Annual report of the Punjab Veterinary College and of the Civil Veterinary Department, Punjab - 1909-1919
Year: 1909
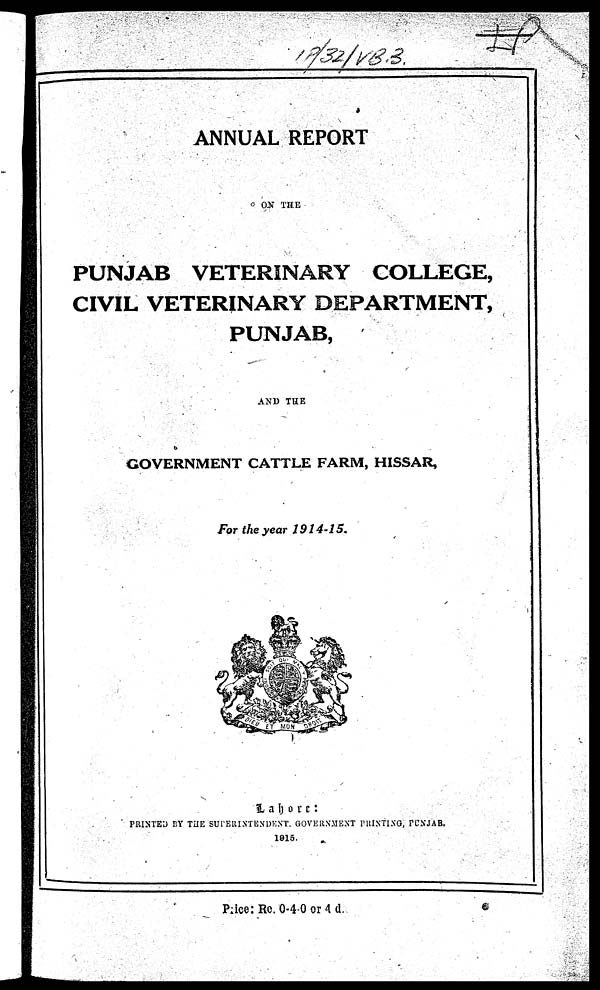
ANNUAL REPORT
ON THE
PUNJAB VETERINARY COLLEGE,
CIVIL VETERINARY DEPARTMENT,
PUNJAB,
AND THE
GOVERNMENT CATTLE FARM, HISSAR,
For the year 1914-15.
Lahore:
PRINTED BY THE SUPERINTENDENT, GOVERNMENT PRINTING, PUNJAB.
1915.
Price: Re. 0-4-0 or 4 d.